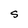
Character: S